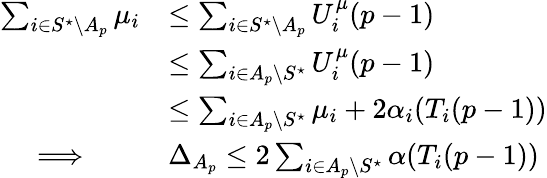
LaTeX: \begin{array}{rl}{\sum_{i\in S^{\star}\setminus A_{p}}\mu_{i}}&{\leq\sum_{i\in S^{\star}\setminus A_{p}}U_{i}^{\mu}(p-1)}\\ &{\leq\sum_{i\in A_{p}\setminus S^{\star}}U_{i}^{\mu}(p-1)}\\ &{\leq\sum_{i\in A_{p}\setminus S^{\star}}\mu_{i}+2\alpha_{i}(T_{i}(p-1))}\\ {\Longrightarrow\qquad}&{\Delta_{A_{p}}\leq 2\sum_{i\in A_{p}\setminus S^{\star}}\alpha(T_{i}(p-1))}\end{array}